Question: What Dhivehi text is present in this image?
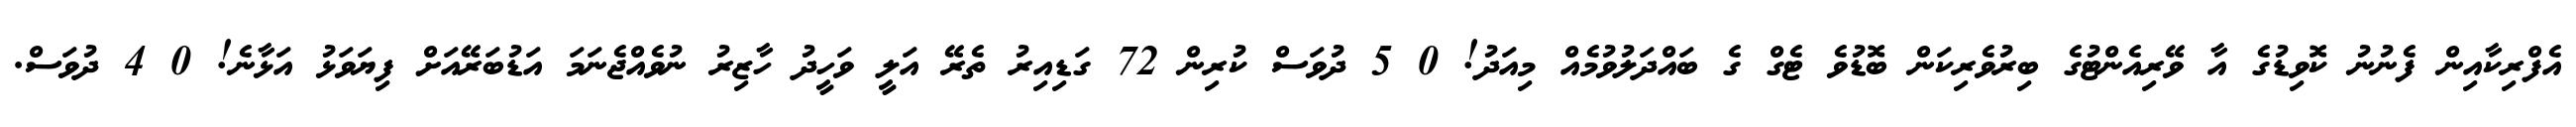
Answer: އެފްރިކާއިން ފެނުނު ކޮވިޑުގެ އާ ވޭރިއެންޓުގެ ބިރުވެރިކަން ބޮޑުވެ ޓެގް ގެ ބައްދަލުވުމެއް މިއަދު! 0 5 ދުވަސް ކުރިން 72 ގަޑިއިރު ތެރޭ އަލީ ވަހީދު ހާޒިރު ނުވެއްޖެނަމަ އަޑުބަރޭއަށް ފިޔަވަޅު އަޅާނެ! 0 4 ދުވަސް.